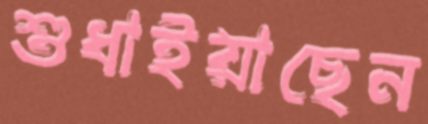
শুধাইয়াছেন